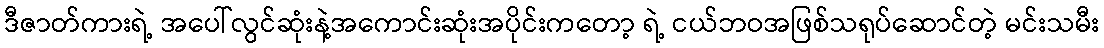
ဒီဇာတ်ကားရဲ့ အပေါ်လွင်ဆုံးနဲ့အကောင်းဆုံးအပိုင်းကတော့ ရဲ့ ငယ်ဘဝအဖြစ်သရုပ်ဆောင်တဲ့ မင်းသမီး